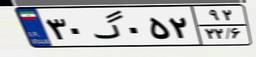
۳۰گ۰۵۲۹۲